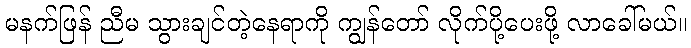
မနက်ဖြန် ညီမ သွားချင်တဲ့နေရာကို ကျွန်တော် လိုက်ပို့ပေးဖို့ လာခေါ်မယ်။